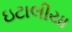
ઇટાલીયા